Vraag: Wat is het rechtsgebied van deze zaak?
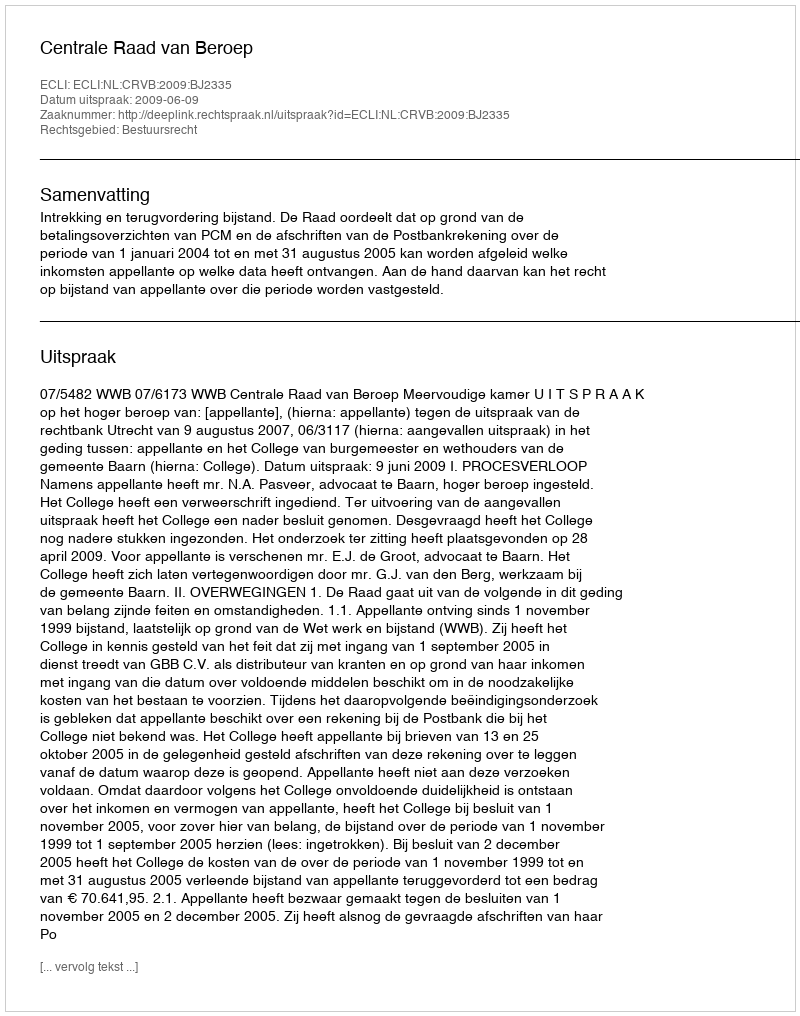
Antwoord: Bestuursrecht